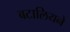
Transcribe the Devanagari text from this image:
बटालियने